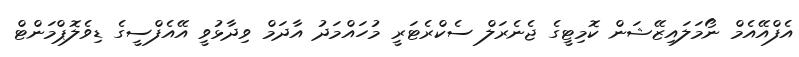
އެފްއޭއެމް ނޯމަލައިޒޭޝަން ކޮމިޓީގެ ޖެނެރަލް ސެކްރެޓަރީ މުހައްމަދު އާދަމް ވިދާޅުވީ އޭއެފްސީގެ ޑިވެލޮޕްމަންޓް